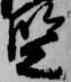
監